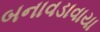
બનાવડાવાયા